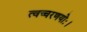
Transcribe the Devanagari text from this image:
त्वच्चरणयोः।